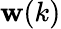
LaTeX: \mathbf{w}(k)